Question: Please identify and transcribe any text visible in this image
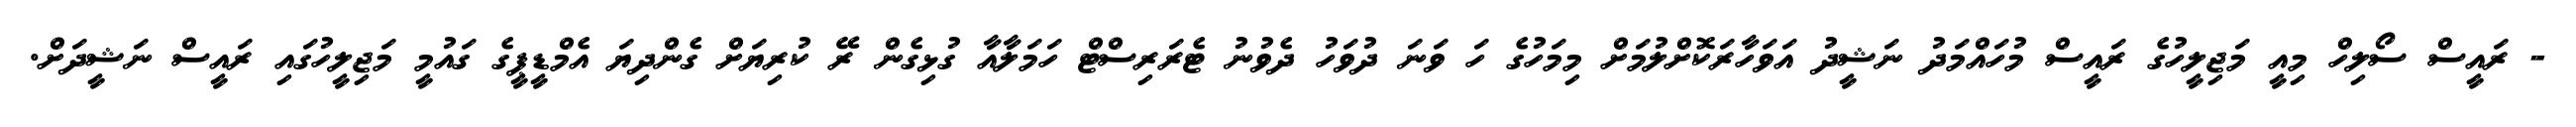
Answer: - ރައީސް ސޯލިހް މިއީ މަޖިލީހުގެ ރައީސް މުހައްމަދު ނަޝީދު އަވަހާރަކޮށްލުމަށް މިމަހުގެ ހަ ވަނަ ދުވަހު ދެވުނު ޓެރަރިސްޓް ހަމަލާއާ ގުޅިގެން ރޭ ކުރިޔަށް ގެންދިޔަ އެމްޑީޕީގެ ގައުމީ މަޖިލީހުގައި ރައީސް ނަޝީދަށް.